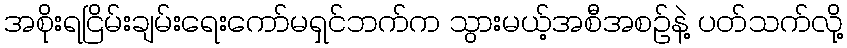
အစိုးရငြိမ်းချမ်းရေးကော်မရှင်ဘက်က သွားမယ့်အစီအစဉ်နဲ့ ပတ်သက်လို့